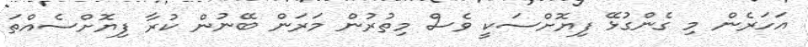
އަހަރެން މި ގެންގުޅޭ ފިޔޮށްސަކީ ވެސް މިތުރުން މަރަން ބޭނުން ކުރާ ފިޔޮށްސެއްތަ